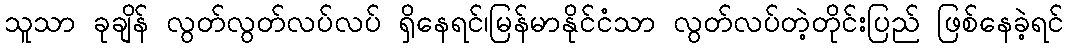
သူသာ ခုချိန် လွတ်လွတ်လပ်လပ် ရှိနေရင်၊မြန်မာနိုင်ငံသာ လွတ်လပ်တဲ့တိုင်းပြည် ဖြစ်နေခဲ့ရင်